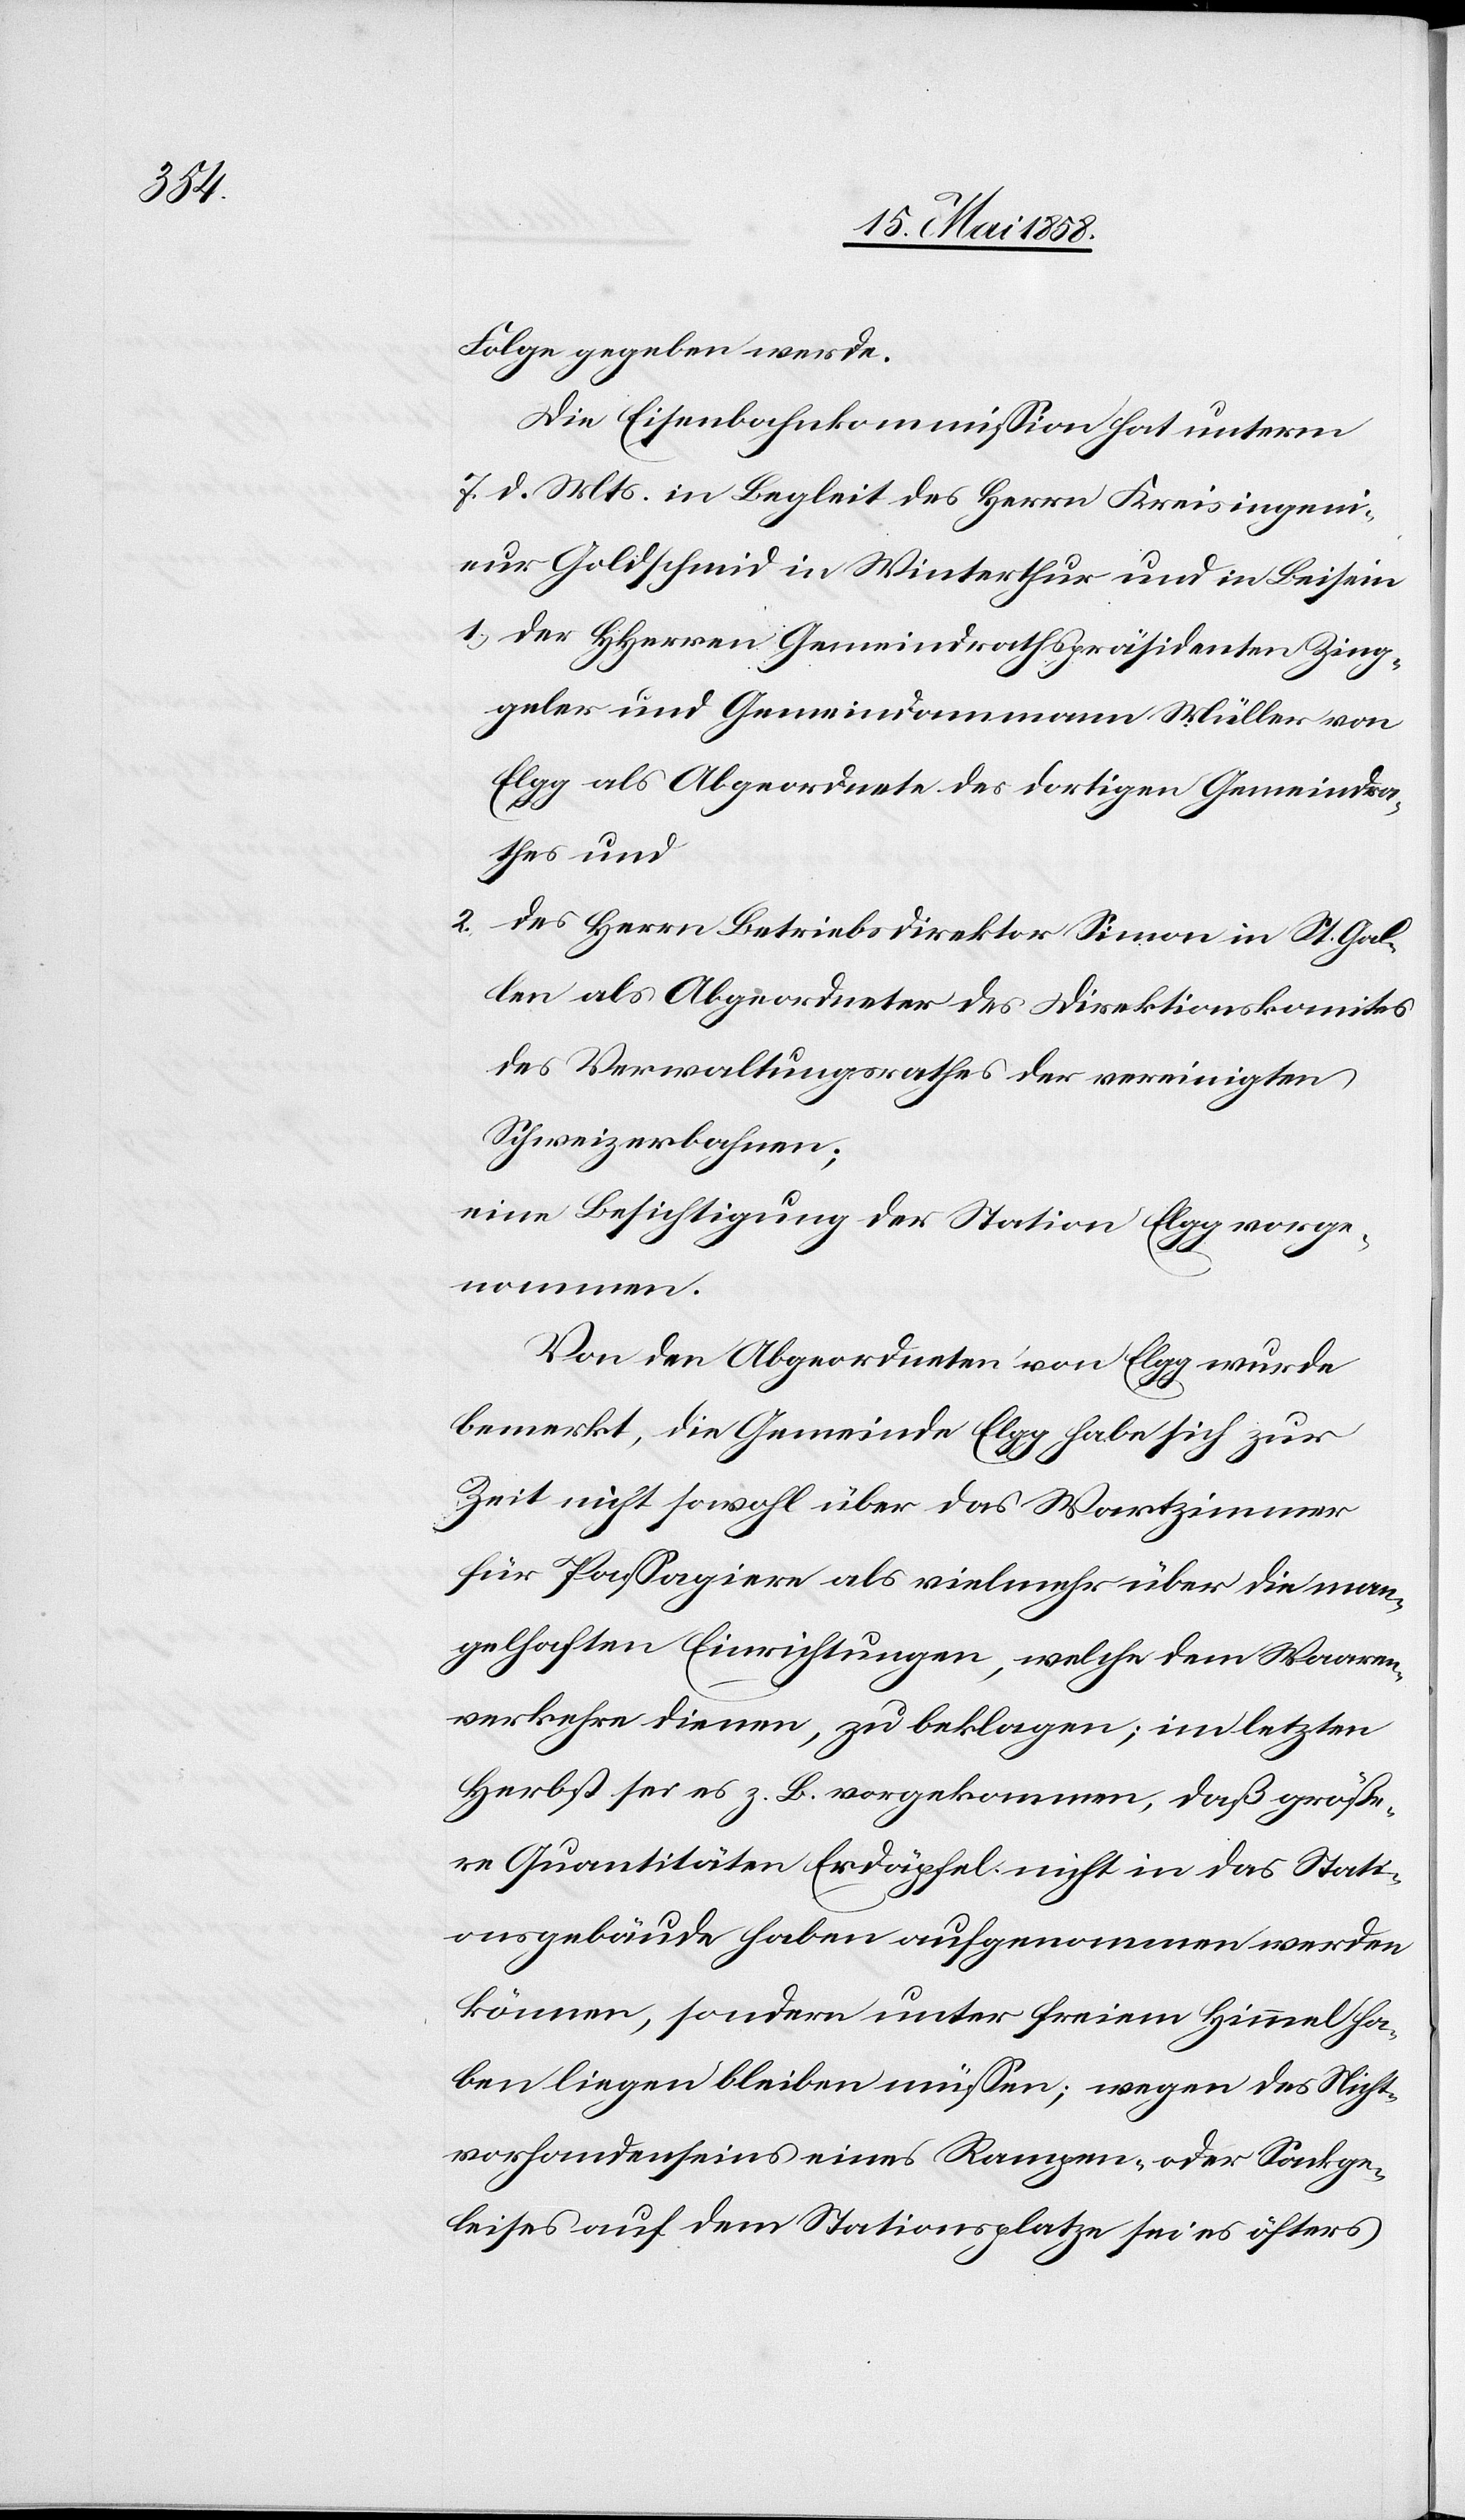
Folge gegeben werde.
Die Eisenbahnkommission hat unterm
7. d. Mts. in Begleit des Herrn Kreisingeni¬
eur Goldschmid in Winterthur und in Beisein
1) der HHerren Gemeindrathspräsidenten Zing¬
geler und Gemeindammann Müller von
Elgg al Abgeordnete des dortigen Gemeindra¬
thes und
2) des Herrn Betriebsdirektor Simon in St. Gal¬
len als Abgeordneter des Direktionskomites
des Verwaltungsrathes der vereinigten
Schweizerbahnen;
eine Besichtigung der Station Elgg vorge¬
nommen.
Von den Abgeordneten von Elgg wurde
bemerkt, die Gemeinde Elgg habe sich zur
Zeit nicht sowohl über das Wartzimmer
für Passagiere als vielmehr über die man¬
gelhaften Einrichtungen, welche dem Waaren¬
verkehre dienen, zu beklagen; im letzten
Herbst sei es z. B. vorgekommen, daß größe¬
re Quantitäten Erdäpfel nicht in das Stati¬
onsgebäude haben aufgenommen werden
können, sondern unter freiem Himmel ha¬
ben liegen bleiben müssen; wegen des Nicht¬
vorhandenseins eines Rampen- oder Sackge¬
leises auf dem Stationsplatze sei es öfters